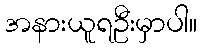
အနားယူရဦးမှာပါ။